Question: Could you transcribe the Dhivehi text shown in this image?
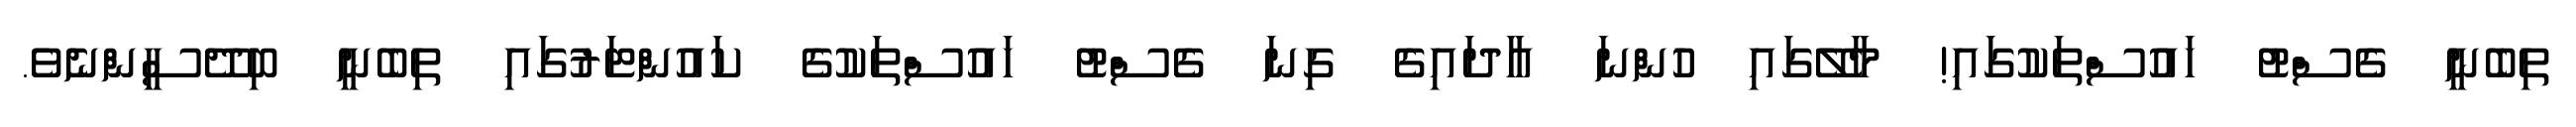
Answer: ތިބެނީ ގެސްޓު ހައުސްތަކުގައި! މާލޭގައި ހުންނަ އާދައިގެ ގިނަ ގެސްޓު ހައުސްތަކުގެ ކައުންޓަރުގައި ތިބެނީ ބިދޭސީންނެވެ.